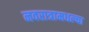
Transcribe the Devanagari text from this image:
नवरात्रामधल्या